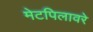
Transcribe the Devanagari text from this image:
मेटपिलावरे